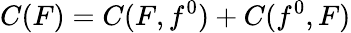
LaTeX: C(F)=C(F,f^{0})+C(f^{0},F)